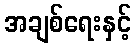
အချစ်ရေးနှင့်